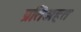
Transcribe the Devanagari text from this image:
प्रतिअहत